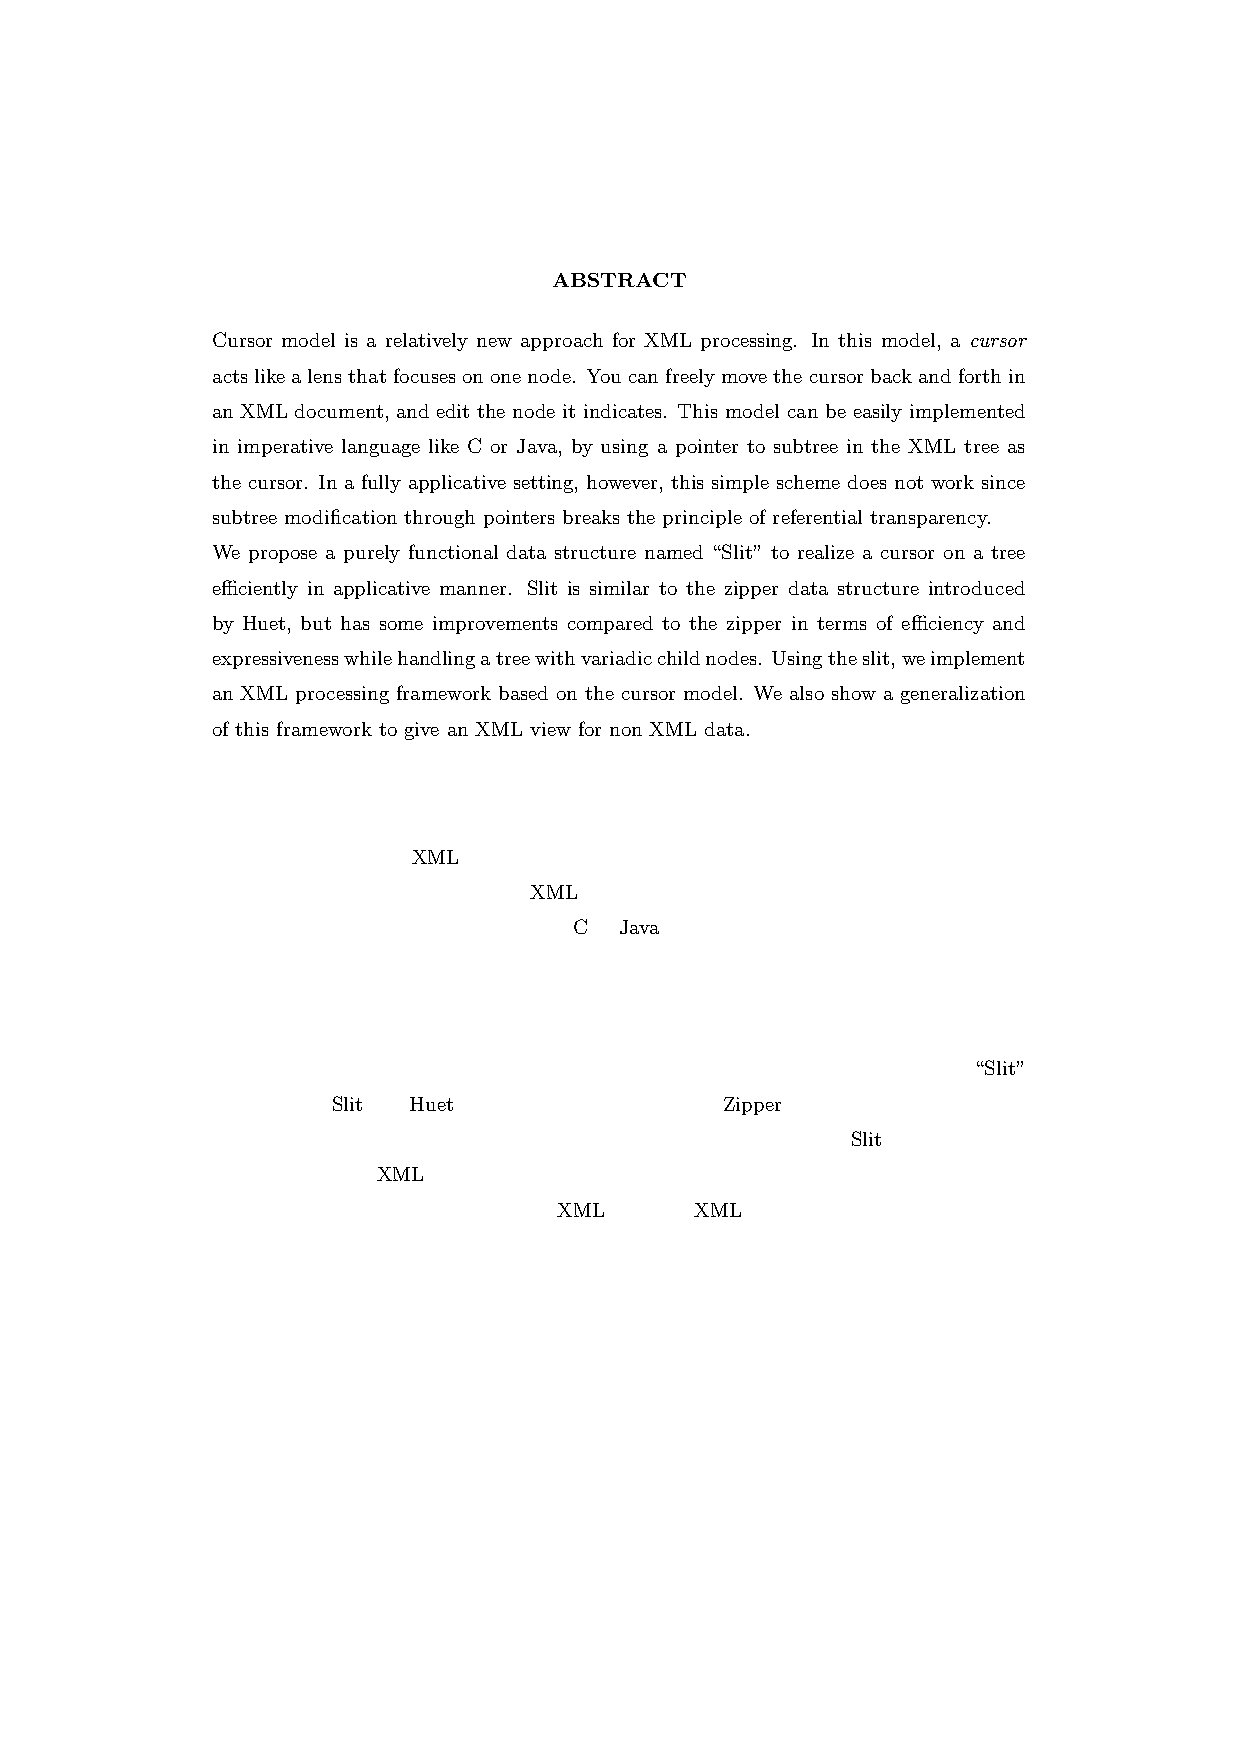
ABSTRACT
 Cursor model is a relatively new approach for XML processing. In this model, a cursor
 actslikealensthatfocusesononenode. Youcanfreelymovethecursorbackandforthin
 an XML document, and edit the node it indicates. This model can be easily implemented
 in imperative language like C or Java, by using a pointer to subtree in the XML tree as
 the cursor. In a fully applicative setting, however, this simple scheme does not work since
 subtree modification through pointers breaks the principle of referential transparency.
 We propose a purely functional data structure named “Slit” to realize a cursor on a tree
 efficiently in applicative manner. Slit is similar to the zipper data structure introduced
 by Huet, but has some improvements compared to the zipper in terms of efficiency and
 expressivenesswhilehandlingatreewithvariadicchildnodes. Usingtheslit,weimplement
 an XML processing framework based on the cursor model. We also show a generalization
 of this framework to give an XML view for non XML data.
 論文要旨
 カーソルモデルは、XML処理に関する比較的新しい手法の一つである。このモデルでは、
 「カーソル」を前後に動かすことでXML文書中の要素を選択し、選択した要素に対する局
 所的な操作を通して文書の編集を行う。CやJavaなど一般的な手続き型言語では、このモ
 デルは部分木を指すポインタをカーソルとして扱うことで容易に実現可能である。しかしな
 がら、ポインタによる部分木の書き換えは参照透過性の原理と相容れないため、この簡単な
 方法によっては完全な作用型言語でカーソルモデルを記述することはできない。
 本論文では、作用的な方法でカーソルを効率的に実現するために、関数型データ構造“Slit”
 を提案する。Slit は、Huetにより提案されたデータ構造Zipperに、可変個の子要素を持つ
 木構造を扱う際の効率及び表現力の面で改良を加えたものである。このSlitを用いてカーソ
 ルモデルに基づくXML処理の枠組みの実装を行い、またさらにこの枠組みを一般化するこ
 とで、単純な変換規則の指定により非XMLデータをXMLとして操作する方法を示す。